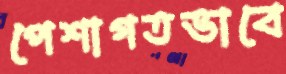
পেশাগতভাবে